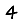
Digit: 4